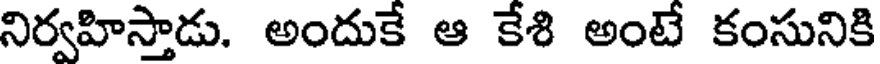
నిర్వహిస్తాడు. అందుకే ఆ కేశి అంటే కంసునికి